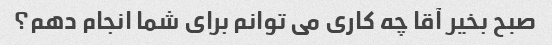
صبح بخیر آقا چه کاری می توانم برای شما انجام دهم؟